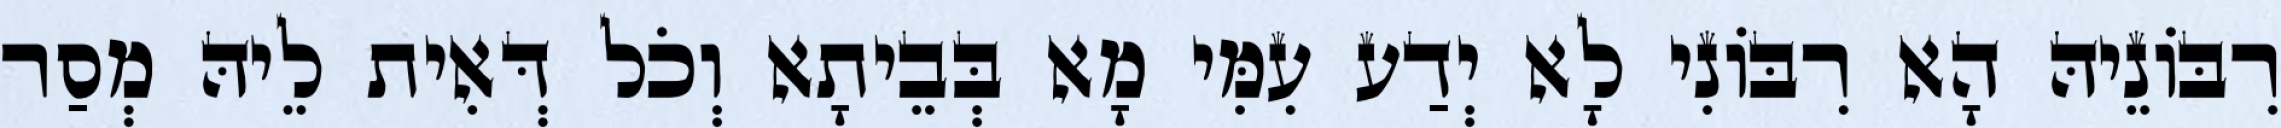
רִבּוֹנֵיהּ הָא רִבּוֹנִי לָא יְדַע עִמִּי מָא בְּבֵיתָא וְכֹל דְּאִית לֵיהּ מְסַר